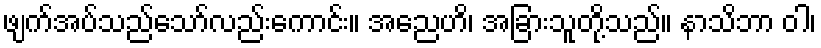
ဖျက်အပ်သည်သော်လည်းကောင်း။ အညေဟိ၊ အခြားသူတို့သည်။ နာသိဘာ ဝါ၊